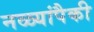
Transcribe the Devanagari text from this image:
नळ्यांपैकी